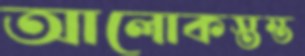
আলোকস্তম্ভ